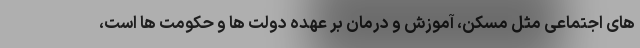
های اجتماعی مثل مسکن، آموزش و درمان بر عهده دولت ها و حکومت ها است،